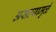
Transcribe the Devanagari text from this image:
असल्यामुळं